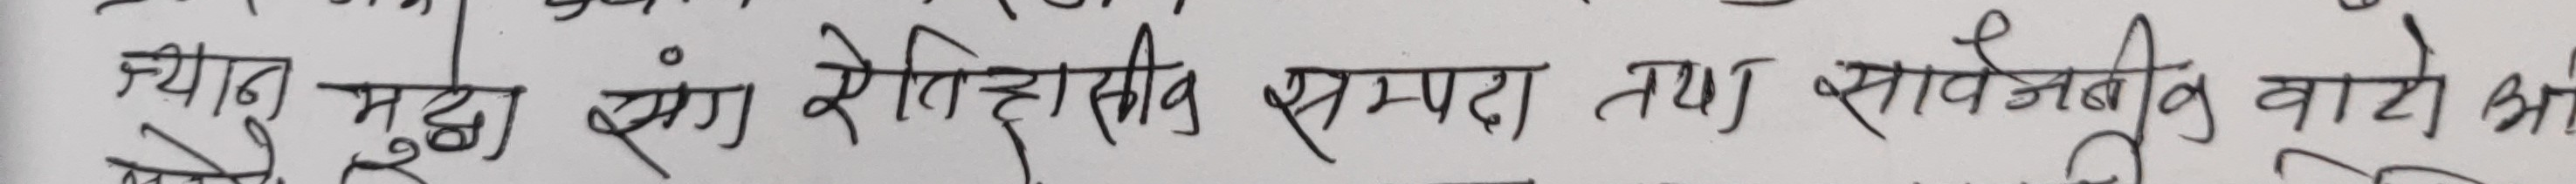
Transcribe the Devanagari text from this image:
च्यान मुद्धा संग ऐतिहासिक सम्पदा तथा सार्वजनिक बाटो भा